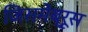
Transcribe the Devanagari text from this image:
जिसमेंब्रूस